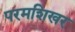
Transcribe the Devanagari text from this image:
परमशिखर